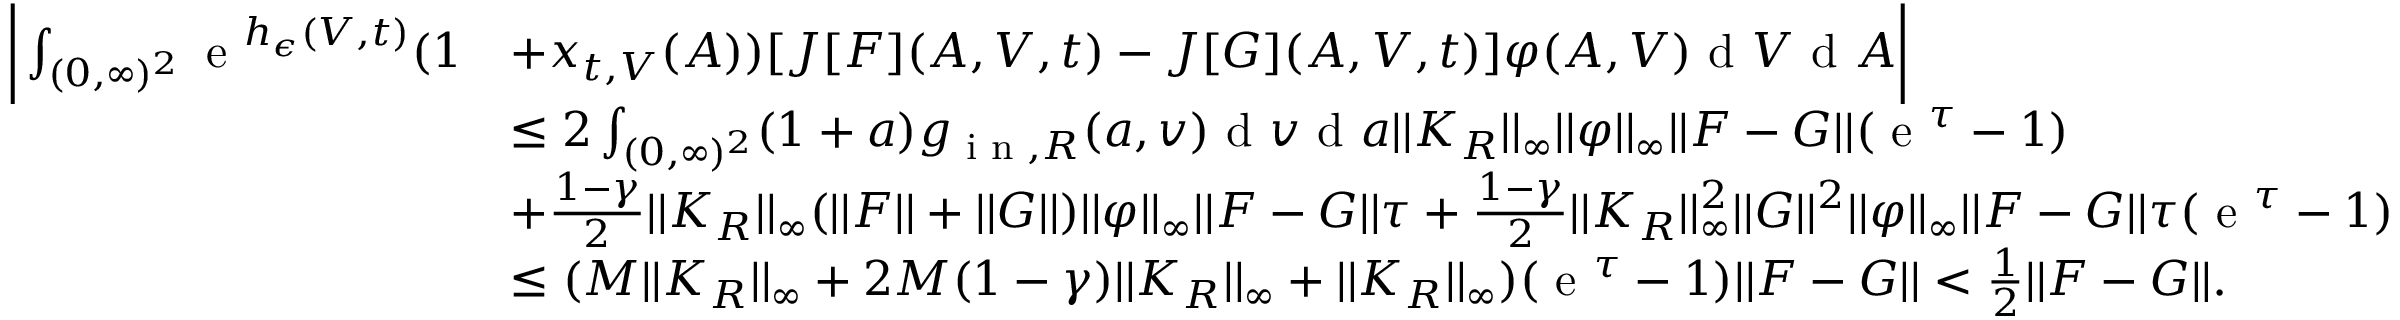
\begin{array} { r l } { \bigg | \int _ { ( 0 , \infty ) ^ { 2 } } \textup { e } ^ { h _ { \epsilon } ( V , t ) } ( 1 } & { + x _ { t , V } ( A ) ) [ J [ F ] ( A , V , t ) - J [ G ] ( A , V , t ) ] \varphi ( A , V ) \textup { d } V \textup { d } A \bigg | } \\ & { \leq 2 \int _ { ( 0 , \infty ) ^ { 2 } } ( 1 + a ) g _ { \textup { i n } , R } ( a , v ) \textup { d } v \textup { d } a | | K _ { R } | | _ { \infty } | | \varphi | | _ { \infty } | | F - G | | ( \textup { e } ^ { \tau } - 1 ) } \\ & { + \frac { 1 - \gamma } { 2 } | | K _ { R } | | _ { \infty } ( | | F | | + | | G | | ) | | \varphi | | _ { \infty } | | F - G | | \tau + \frac { 1 - \gamma } { 2 } | | K _ { R } | | _ { \infty } ^ { 2 } | | G | | ^ { 2 } | | \varphi | | _ { \infty } | | F - G | | \tau ( \textup { e } ^ { \tau } - 1 ) } \\ & { \leq ( M | | K _ { R } | | _ { \infty } + 2 M ( 1 - \gamma ) | | K _ { R } | | _ { \infty } + | | K _ { R } | | _ { \infty } ) ( \textup { e } ^ { \tau } - 1 ) | | F - G | | < \frac { 1 } { 2 } | | F - G | | . } \end{array}